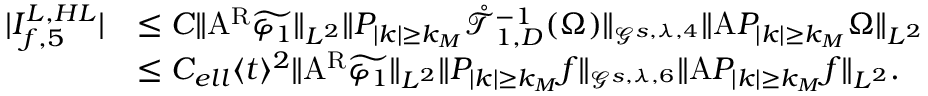
\begin{array} { r l } { | I _ { f , 5 } ^ { L , H L } | } & { \leq C \| \mathrm { A } ^ { \mathrm { R } } \widetilde { \varphi _ { 1 } } \| _ { L ^ { 2 } } \| P _ { | k | \geq k _ { M } } \mathring { \mathcal { T } } _ { 1 , D } ^ { - 1 } ( \Omega ) \| _ { \mathcal { G } ^ { s , \lambda , 4 } } \| \mathrm { A } P _ { | k | \geq k _ { M } } \Omega \| _ { L ^ { 2 } } } \\ & { \leq C _ { e l l } \langle t \rangle ^ { 2 } \| \mathrm { A } ^ { \mathrm { R } } \widetilde { \varphi _ { 1 } } \| _ { L ^ { 2 } } \| P _ { | k | \geq k _ { M } } f \| _ { \mathcal { G } ^ { s , \lambda , 6 } } \| \mathrm { A } P _ { | k | \geq k _ { M } } f \| _ { L ^ { 2 } } . } \end{array}